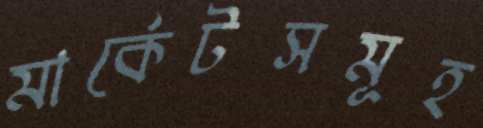
মার্কেটসমূহ